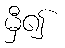
မှီ၍